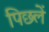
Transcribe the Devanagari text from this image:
पिछलें